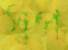
স্বপ